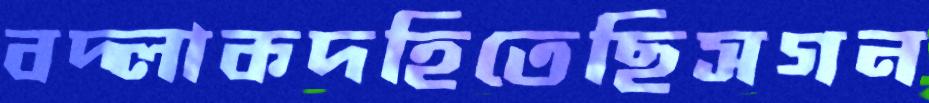
বদ্‌লাকদহিতেছিসগন